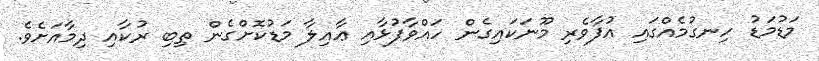
މަޑުމަޑު ހިނގުމެއްގައި އުފާވެރި މޫނަކައިގެން ހައްވާފުޅާއި ޢާއިލާ މަޑުކޮށްގެން ތިބި ރުކާއި ދިމާއަށެވެ.